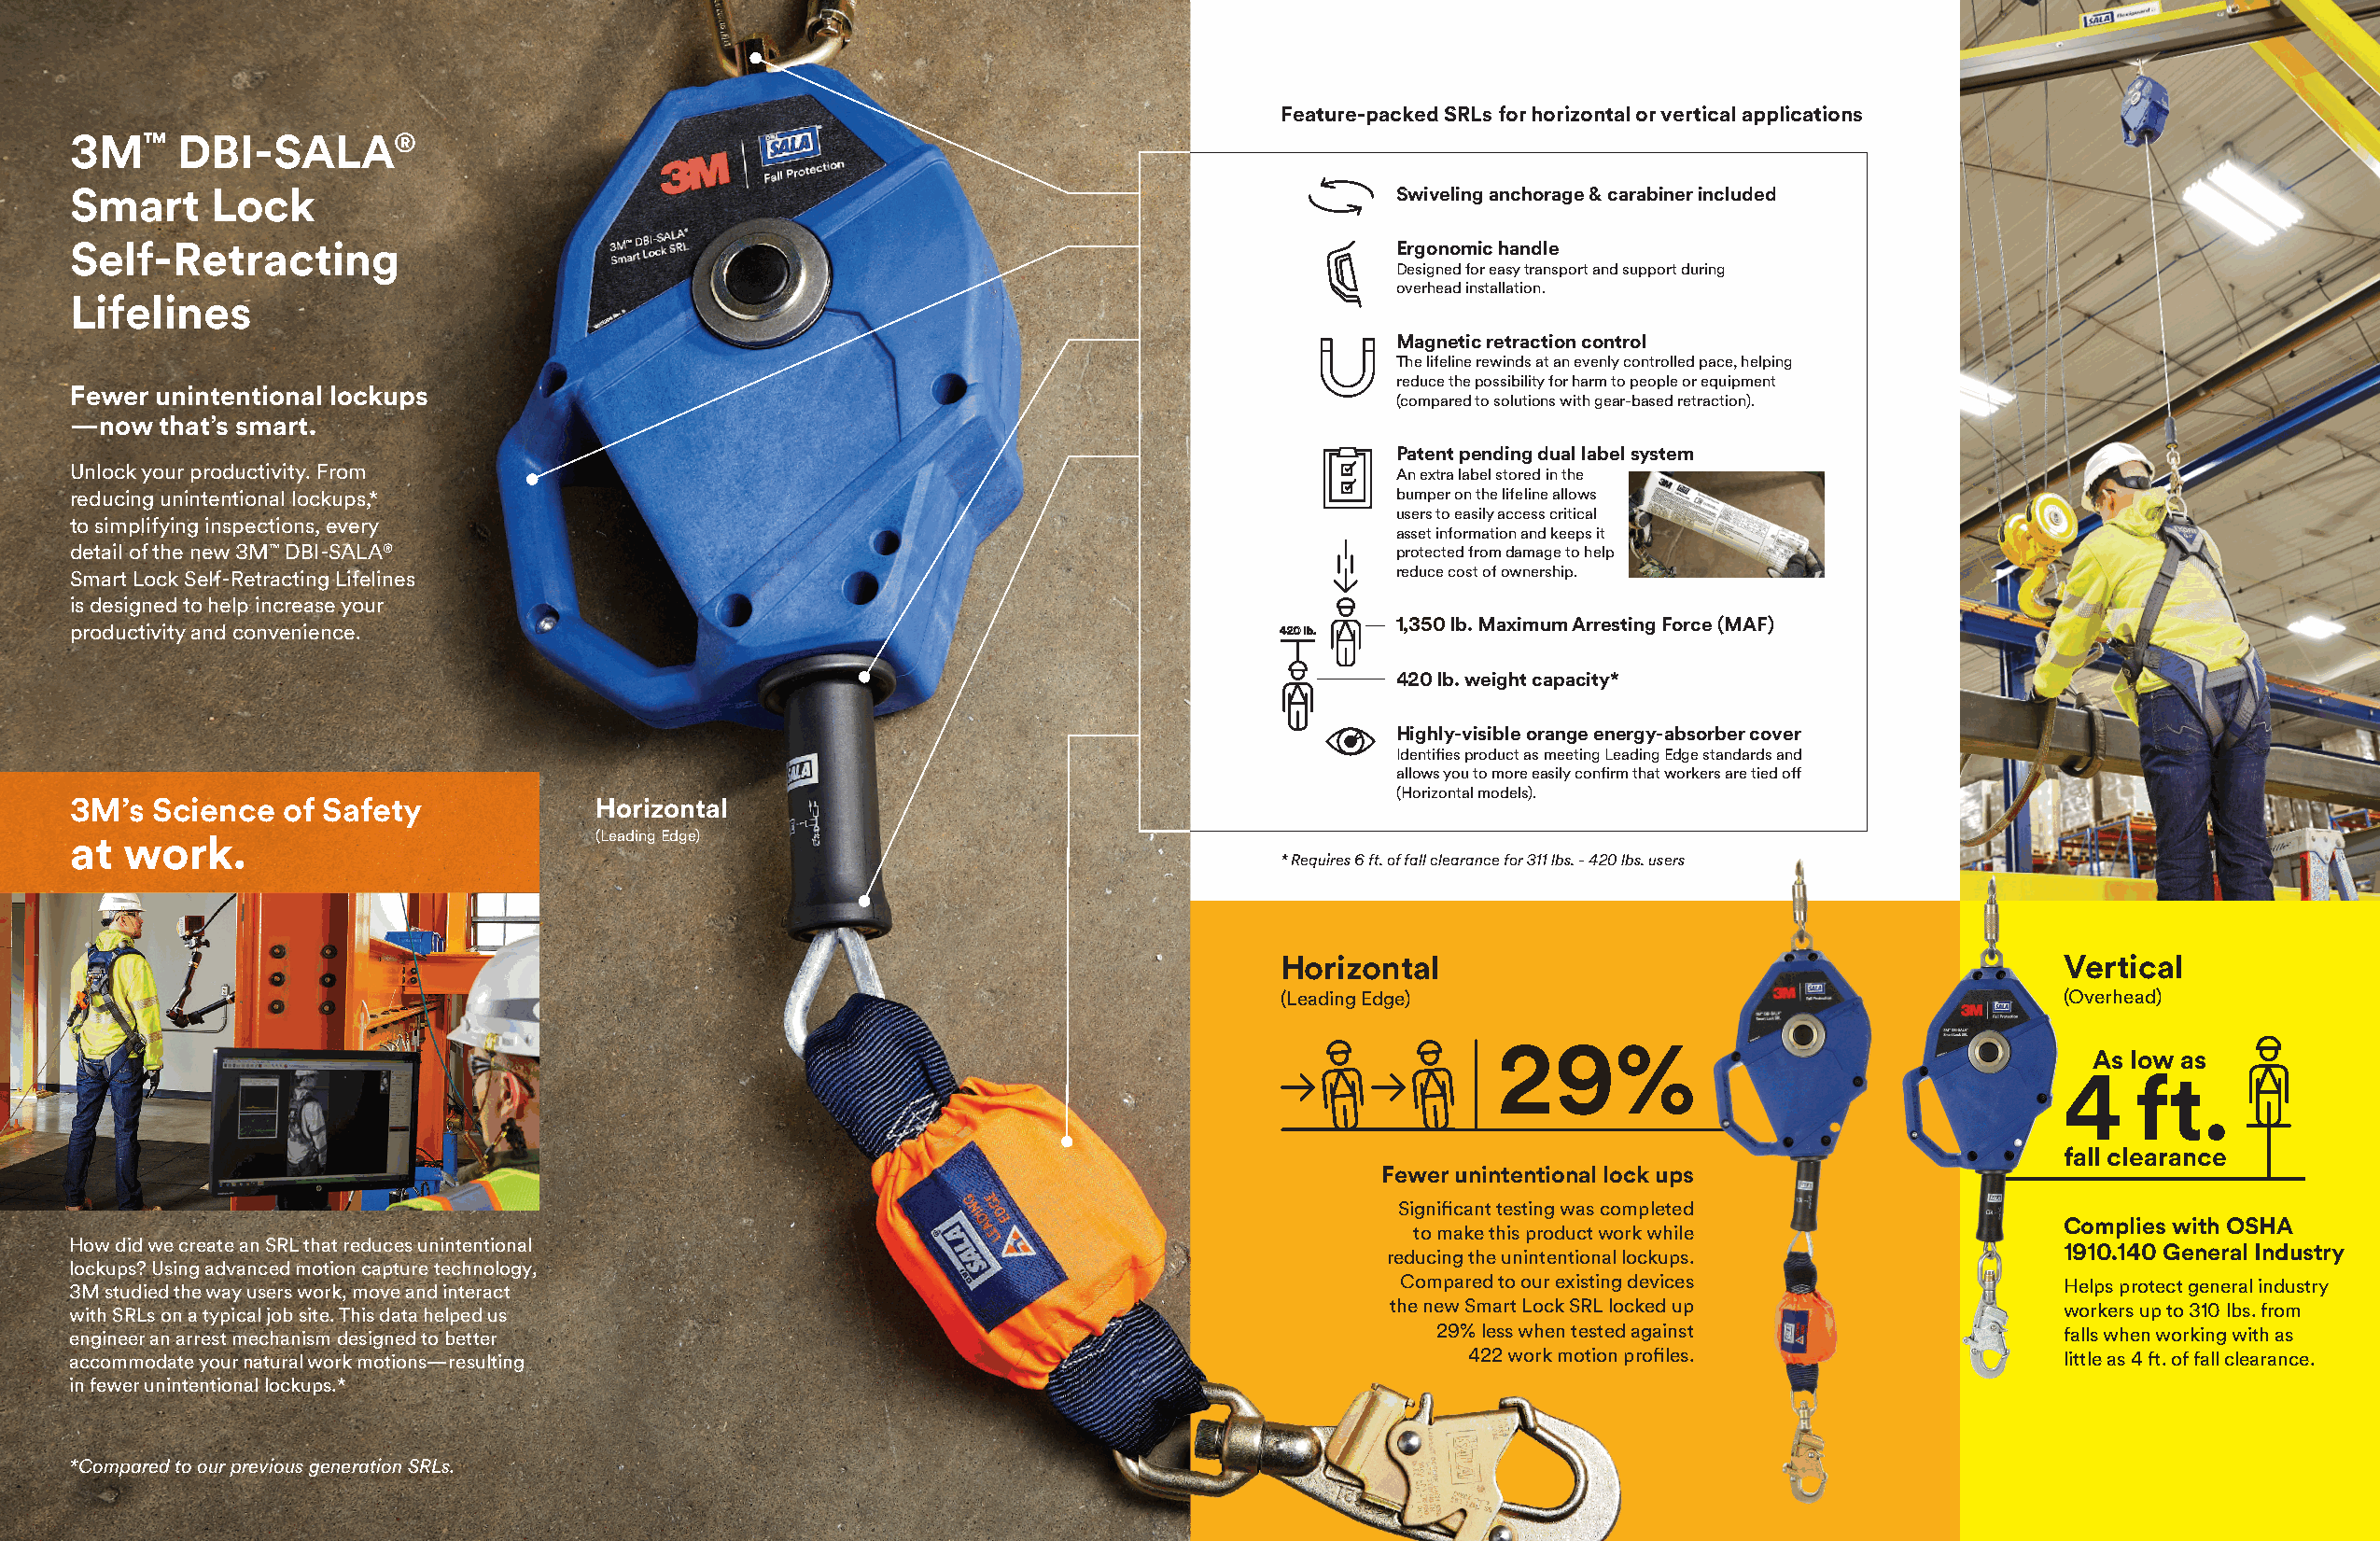
Feature-packed SRLs for horizontal or vertical applications
 3M™     DBI-SALA®
 Smart     Lock                                                                                Swiveling anchorage & carabiner included
 Self-Retracting                                                                               Ergonomic handle
 Designed for easy transport and support during
 overhead installation.
 Lifelines
 Magnetic retraction control
 The lifeline rewinds at an evenly controlled pace, helping
 420 lb.
 reduce the possibility for harm to people or equipment
 Fewer unintentional lockups
 (compared to solutions with gear-based retraction).
 —now  that’s smart.
 Patent pending dual label system
 Unlock your productivity. From                                                                An extra label stored in the
 reducing unintentional lockups,*                                                              bumper on the lifeline allows
 users to easily access critical
 to simplifying inspections, every
 asset information and keeps it
 detail of the new 3M™ DBI-SALA®                                                               protected from damage to help
 Smart Lock Self-Retracting Lifelines                                                          red4u20c elb .cost of ownership.
 420 lb.
 is designed to help increase your
 1,350 lb. Maximum Arresting Force (MAF)
 productivity and convenience.                                                         420 lb.
 420 lb. weight capacity*
 Highly-visible orange energy-absorber cover
 Identifies product as meeting Leading Edge standards and
 allows you to more easily confirm that workers are tied off
 (Horizontal models).
 3M’s  Science  of Safety             Horizontal
 at  work.                            (Leading Edge)
 * Requires 6 ft. of fall clearance for 311 lbs. - 420 lbs. users
 420 lb.
 Horizontal                                             Vertical
 (Leading Edge)                                         (Overhead)
 29%
 As low as
 4    ft.
 fall clearance
 Fewer unintentional lock ups
 420 lb.
 Significant testing was completed
 Complies with OSHA
 to make this product work while
 How did we create an SRL that reduces unintentional                                                                                          1910.140 General Industry
 reducing the unintentional lockups.
 lockups? Using advanced motion capture technology,
 3M studied the way users work, move and interact                                              Compared to our existing devices               Helps protect general industry
 with SRLs on a typical job site. This data helped us                                          the new Smart Lock SRL locked up               workers up to 310 lbs. from
 engineer an arrest mechanism designed to better                                                  29% less when tested against                falls when working with as
 accommodate your natural work motions—resulting                                                    422 work motion profiles.                 little as 4 ft. of fall clearance.
 in fewer unintentional lockups.*
 420 lb.
 *Compared to our previous generation SRLs.